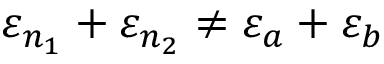
\varepsilon _ { n _ { 1 } } + \varepsilon _ { n _ { 2 } } \neq \varepsilon _ { a } + \varepsilon _ { b }